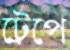
ট্রেপে